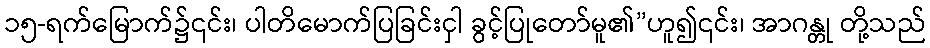
၁၅-ရက်မြောက်၌၎င်း၊ ပါတိမောက်ပြခြင်းငှါ ခွင့်ပြုတော်မူ၏”ဟူ၍၎င်း၊ အာဂန္တု တို့သည်